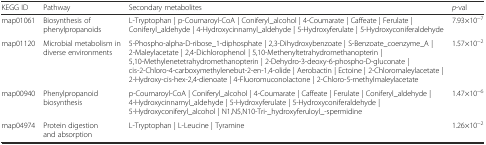
<table><thead><tr><td><b>KEGG ID</b></td><td><b>Pathway</b></td><td><b>Secondary metabolites</b></td><td><b><i>p</i>-val</b></td></tr></thead><tbody><tr><td>map01061</td><td>Biosynthesis of phenylpropanoids</td><td>L-Tryptophan | p-Coumaroyl-CoA | Coniferyl_alcohol | 4-Coumarate | Caffeate | Ferulate | Coniferyl_aldehyde | 4-Hydroxycinnamyl_aldehyde | 5-Hydroxyferulate | 5-Hydroxyconiferaldehyde</td><td>7.93×10<sup>−7</sup></td></tr><tr><td>map01120</td><td>Microbial metabolism in diverse environments</td><td>5-Phospho-alpha-D-ribose_1-diphosphate | 2,3-Dihydroxybenzoate | S-Benzoate_coenzyme_A | 2-Maleylacetate | 2,4-Dichlorophenol | 5,10-Methenyltetrahydromethanopterin | 5,10-Methylenetetrahydromethanopterin | 2-Dehydro-3-deoxy-6-phospho-D-gluconate | cis-2-Chloro-4-carboxymethylenebut-2-en-1,4-olide | Aerobactin | Ectoine | 2-Chloromaleylacetate | 2-Hydroxy-cis-hex-2,4-dienoate | 4-Fluoromuconolactone | 2-Chloro-5-methylmaleylacetate</td><td>1.57×10<sup>−2</sup></td></tr><tr><td>map00940</td><td>Phenylpropanoid biosynthesis</td><td>p-Coumaroyl-CoA | Coniferyl_alcohol | 4-Coumarate | Caffeate | Ferulate | Coniferyl_aldehyde | 4-Hydroxycinnamyl_aldehyde | 5-Hydroxyferulate | 5-Hydroxyconiferaldehyde | 5-Hydroxyconiferyl_alcohol | N1,N5,N10-Tri-_hydroxyferuloyl_-spermidine</td><td>1.47×10<sup>−6</sup></td></tr><tr><td>map04974</td><td>Protein digestion and absorption</td><td>L-Tryptophan | L-Leucine | Tyramine</td><td>1.26×10<sup>−2</sup></td></tr></tbody></table>